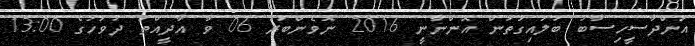
އަންދާސީހިސާބު ބަލައިގަތުން އޮންނާނީ 2016 ނޮވެންބަރު 06 ވާ އާދީއްތަ ދުވަހުގެ 13:00